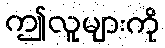
ဤလူများကို